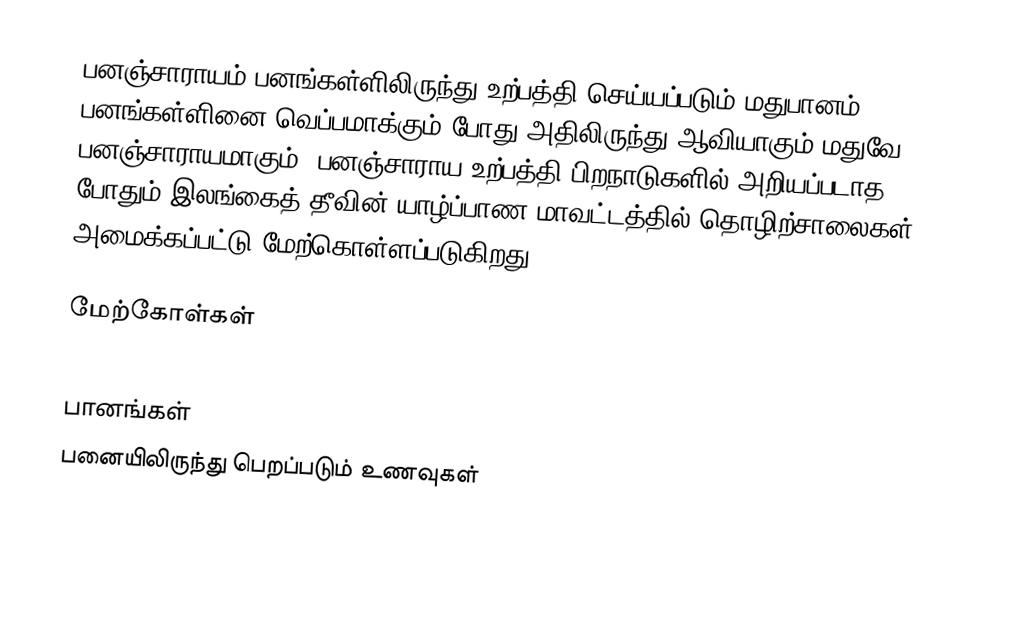
பனஞ்சாராயம் பனங்கள்ளிலிருந்து உற்பத்தி செய்யப்படும் மதுபானம். பனங்கள்ளினை வெப்பமாக்கும் போது அதிலிருந்து ஆவியாகும் மதுவே பனஞ்சாராயமாகும். பனஞ்சாராய உற்பத்தி பிறநாடுகளில் அறியப்படாத போதும் இலங்கைத் தீவின் யாழ்ப்பாண மாவட்டத்தில் தொழிற்சாலைகள் அமைக்கப்பட்டு மேற்கொள்ளப்படுகிறது.

மேற்கோள்கள்

பானங்கள்
பனையிலிருந்து பெறப்படும் உணவுகள்